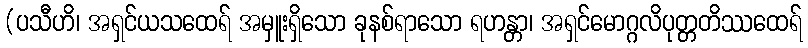
(ပသီဟိ၊ အရှင်ယသထေရ် အမှူးရှိသော ခုနစ်ရာသော ရဟန္တာ၊ အရှင်မောဂ္ဂလိပုတ္တတိဿထေရ်